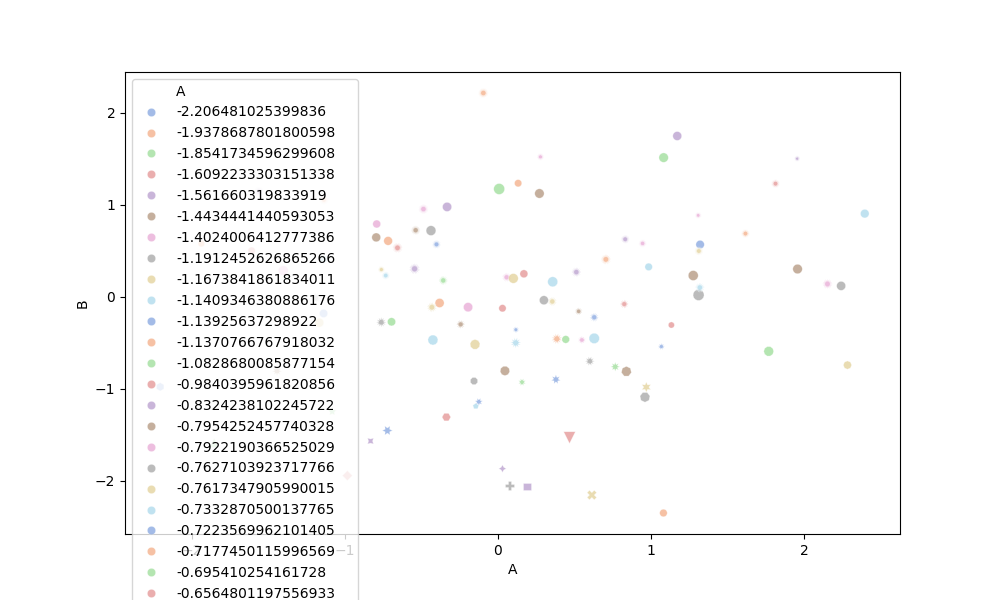
python, seaborn, scatterplot, hue='A', style='B', size='C', palette='muted', alpha=0.5